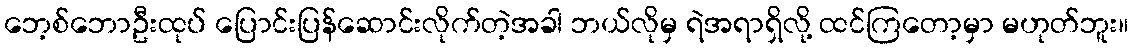
ဘေ့စ်ဘောဦးထုပ် ပြောင်းပြန်ဆောင်းလိုက်တဲ့အခါ ဘယ်လိုမှ ရဲအရာရှိလို့ ထင်ကြတော့မှာ မဟုတ်ဘူး။